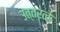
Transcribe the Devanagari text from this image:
उत्तरले